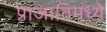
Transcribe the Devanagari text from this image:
प्राजातिमध्ये